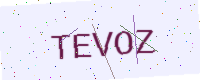
Text: TEVOZ